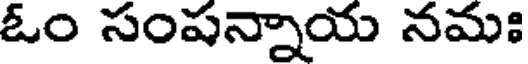
ఓం సంషన్నాయ నమః